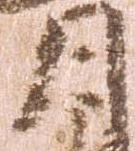
月